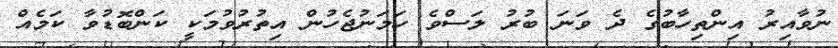
ނުވާއިރު އިންތިހާބުގެ ދެ ވަނަ ބުރު ލަސްވެ ހަމަނުޖެހުން އިތުރުވުމަކީ ކަންބޮޑުވާ ކަމެއް